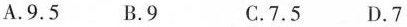
A.9.5 B.9 C.7.5 D.7